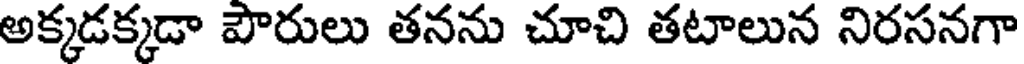
అక్కడక్కడా పౌరులు తనను చూచి తటాలున నిరసనగా